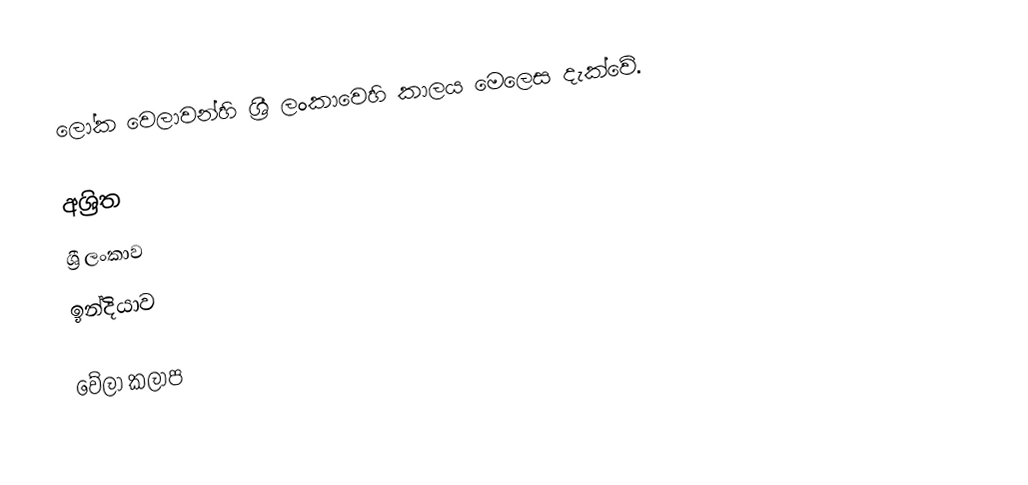
ලෝක වෙලාවන්හි ශ්‍රී ලංකාවෙහි කාලය මෙලෙස දැක්වේ.

අශ්‍රිත
 ශ්‍රී ලංකාව
 ඉන්දියාව

වේලා කලාප